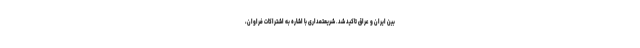
بین ایران و عراق تاکید شد. شریعتمداری با اشاره به اشتراکات فراوان،